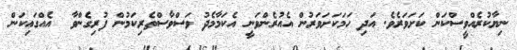
ނިޔާކުރެއްވީސްކަން ކަށަވަރެވެ. އަދި ހަމަކަށަވަރުން އެއުރެންވަނީ އެކަމާމެދު ވަސްވާސްތެރިކަމުން ފުރިގެންވާ  އެއްގައިކަން